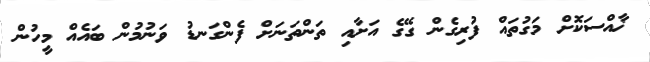
ޚާއްސަކޮށް މަގުތައް ފުރިގެން ގޭގެ އަށާއި ތަންތަނަށް ފެންގަނޑު ވަނުމުން ބައެއް މީހުން